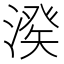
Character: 𣺍